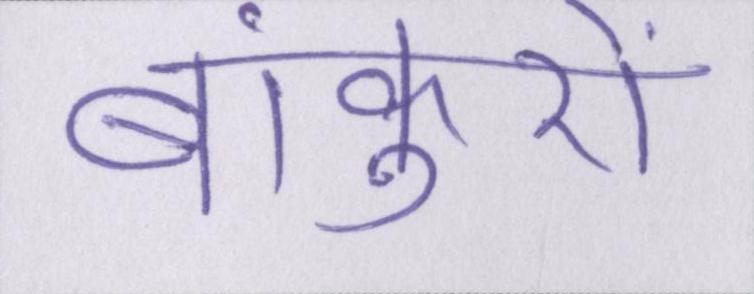
बांकुरों